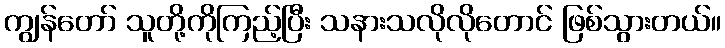
ကျွန်တော် သူတို့ကိုကြည့်ပြီး သနားသလိုလိုတောင် ဖြစ်သွားတယ်။